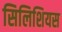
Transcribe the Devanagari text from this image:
सिलिशियस